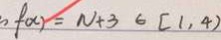
f ( x ) = N + 3 6 [ 1 , 4 )